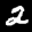
Label: 2